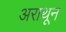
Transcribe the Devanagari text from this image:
अराथून